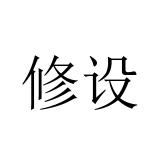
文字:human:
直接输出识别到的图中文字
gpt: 修设